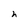
Character: h